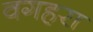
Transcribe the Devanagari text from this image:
वगहरा